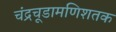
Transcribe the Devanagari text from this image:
चंद्रचूडामणिशतक